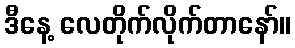
ဒီနေ့ လေတိုက်လိုက်တာနော်။